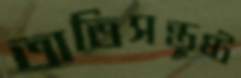
অতিসন্তুষ্ট